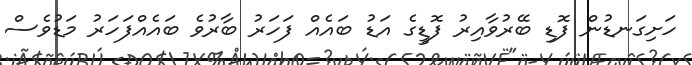
ހަށިގަނޑުން ފޮޑި ބޭރުވާއިރު ފޮޑީގެ އަޑު ބައެއް ފަހަރު ބާރުވެ ބައެއްފަހަރު މަޑުވެސް